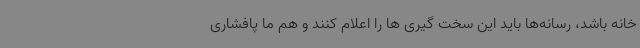
خانه باشد، رسانه‌ها باید این سخت گیری ها را اعلام کنند و هم ما پافشاری